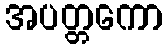
အပတ္တကော